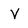
Character: V